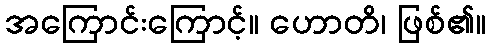
အကြောင်းကြောင့်။ ဟောတိ၊ ဖြစ်၏။